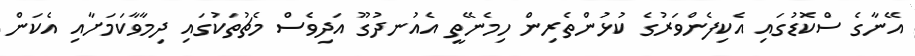
އޭނާގެ ސްކޮޑުގައި އެކިފެންވަރުގެ ކުޅުންތެރިން ހިމެނޭތީ އެއުނދުގޫ އަދިވެސް މެޗުތަކުގައި ދިމާވާކަމަށާއި އެކަން